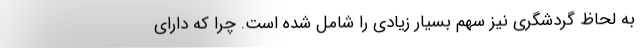
به لحاظ گردشگری نیز سهم بسیار زیادی را شامل شده است. چرا که دارای